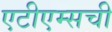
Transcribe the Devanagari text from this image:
एटीएम्सची